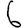
Digit: 6